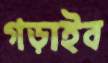
গড়াইব